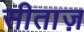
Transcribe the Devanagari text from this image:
सीताज़